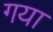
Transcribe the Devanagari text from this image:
गया